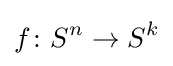
f\colon S^{n}\to S^{k}